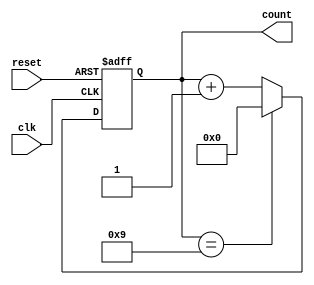
module ModulusCounter (
    input clk,
    input reset,
    output reg [3:0] count
);

    parameter MODULUS = 10;

    always @(posedge clk or posedge reset) begin
        if (reset) begin
            count <= 0;
        end else begin
            if (count == MODULUS - 1) begin
                count <= 0;
            end else begin
                count <= count + 1;
            end
        end
    end

endmodule